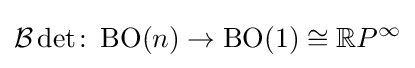
{\mathcal {B}}\det \colon \operatorname {BO} (n)\rightarrow \operatorname {BO} (1)\cong \mathbb {R} P^{\infty }